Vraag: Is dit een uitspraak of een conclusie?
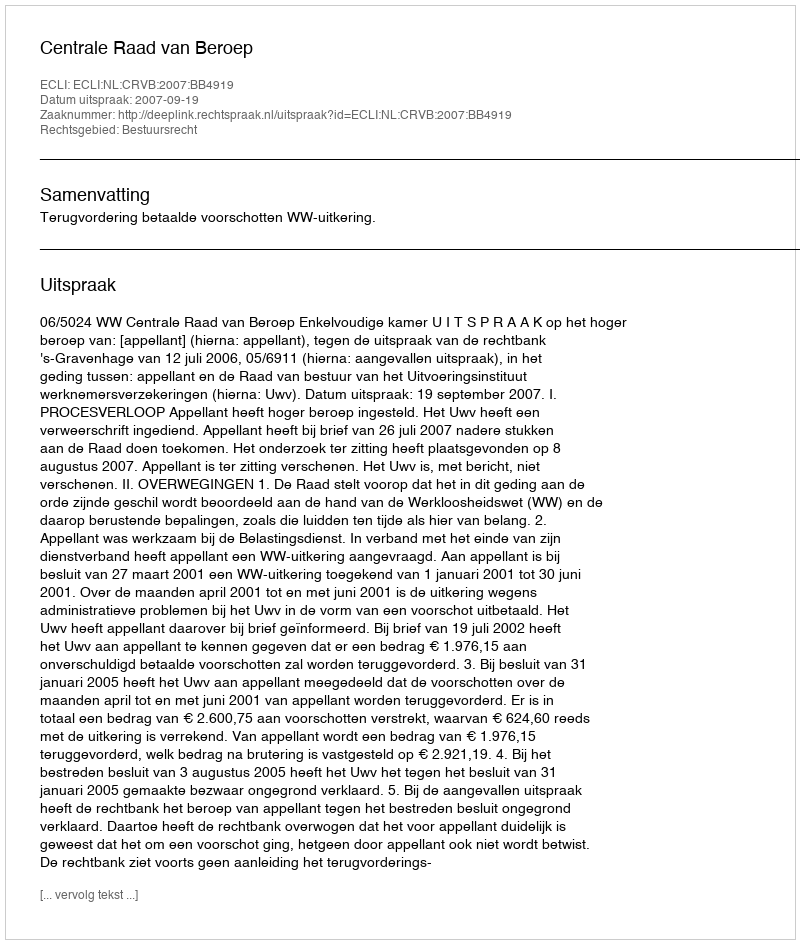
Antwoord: Uitspraak